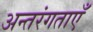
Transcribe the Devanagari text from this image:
अन्तरंगताएँ